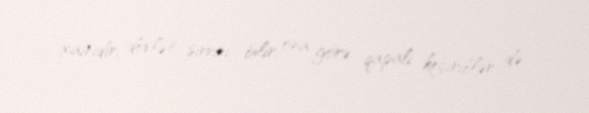
xainidir, dövlət sirrini bilir, ona görə qapalı keçiriblər də.